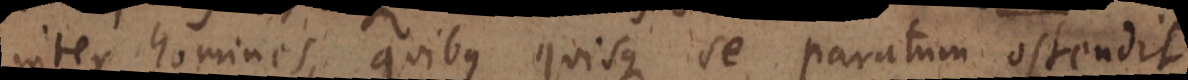
inter homines, quibus quisque se paratum ostendit